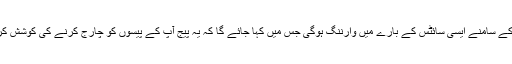
صارف کے سامنے ایسی سائٹس کے بارے میں وارننگ ہوگی جس میں کہا جائے گا کہ یہ پیج آپ کے پیسوں کو چارج کرنے کی کوشش کررہا ہے۔